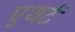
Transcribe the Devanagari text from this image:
एथर्ट